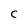
Character: C